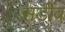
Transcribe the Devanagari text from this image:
सडींव